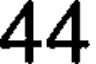
44